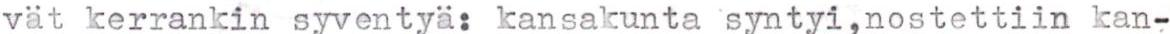
vät kerrankin syventyä: kansakunta syntyi,nostettiin kan-